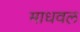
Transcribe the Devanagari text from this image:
माधवल